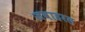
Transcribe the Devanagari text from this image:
जवाहरल